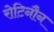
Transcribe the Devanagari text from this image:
रोटिनौन